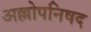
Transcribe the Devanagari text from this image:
अल्लोपनिषद